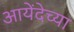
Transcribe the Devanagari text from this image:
आयेंदेच्या